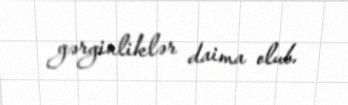
gərginliklər daima olub.